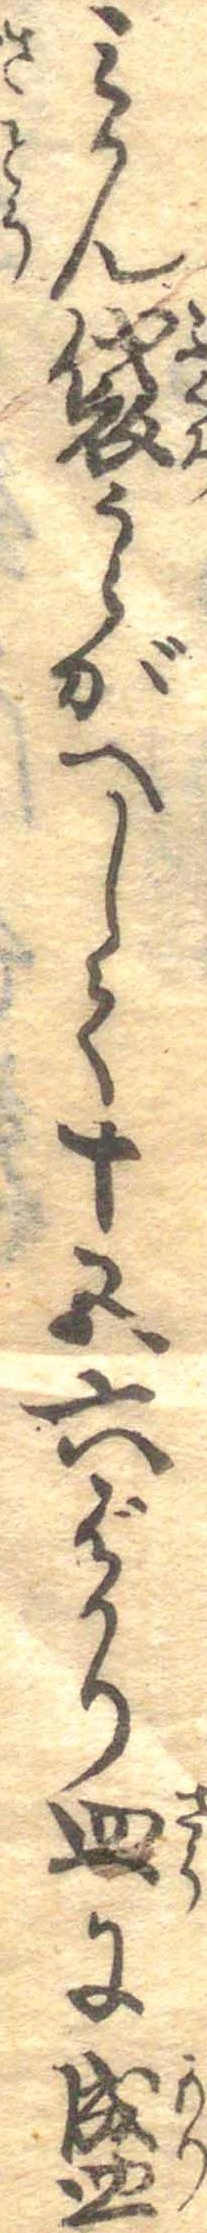
みかん袋うらがへして十五六ばかり皿に盛